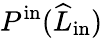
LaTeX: P^{\mathrm{in}}(\widehat{L}_{\mathrm{in}})